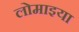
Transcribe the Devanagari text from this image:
लोमाइया